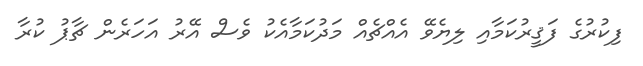
ފިކުރުގެ ފަޤީރުކަމާއި ލިޔެވޭ އެއްޗެއް މަދުކަމާއެކު ވެސް އޭރު އަހަރެން ޗާޕު ކުރާ